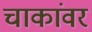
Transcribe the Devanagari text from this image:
चाकांवर